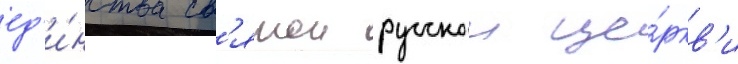
ед'и́нства св'ятои русскои це́ркв'и